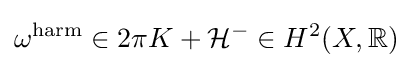
\omega ^{\mathrm {harm} }\in 2\pi K+{\mathcal {H}}^{-}\in H^{2}(X,\mathbb {R} )